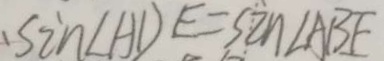
\sin \angle A D E = \sin \angle A B E